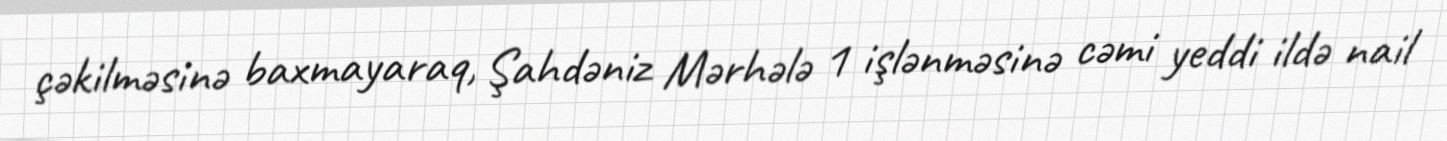
çəkilməsinə baxmayaraq, Şahdəniz Mərhələ 1 işlənməsinə cəmi yeddi ildə nail